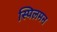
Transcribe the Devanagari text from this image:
स्पिलमन